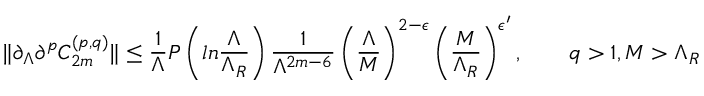
\| \partial _ { \Lambda } \partial ^ { p } C _ { 2 m } ^ { ( p , q ) } \| \leq { \frac { 1 } { \Lambda } } P \left( l n { \frac { \Lambda } { \Lambda _ { R } } } \right) { \frac { 1 } { \Lambda ^ { 2 m - 6 } } } \left( { \frac { \Lambda } { M } } \right) ^ { 2 - \epsilon } \left( { \frac { M } { \Lambda _ { R } } } \right) ^ { \epsilon ^ { \prime } } , \qquad q > 1 , M > \Lambda _ { R }